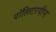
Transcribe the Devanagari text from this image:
पॉलिटरपीन